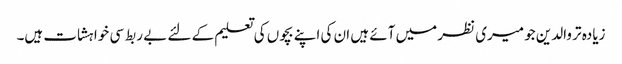
زیادہ تر والدین جو میری نظر میں آئے ہیں ان کی اپنے بچوں کی تعلیم کے لئے بے ربط سی خواہشات ہیں۔